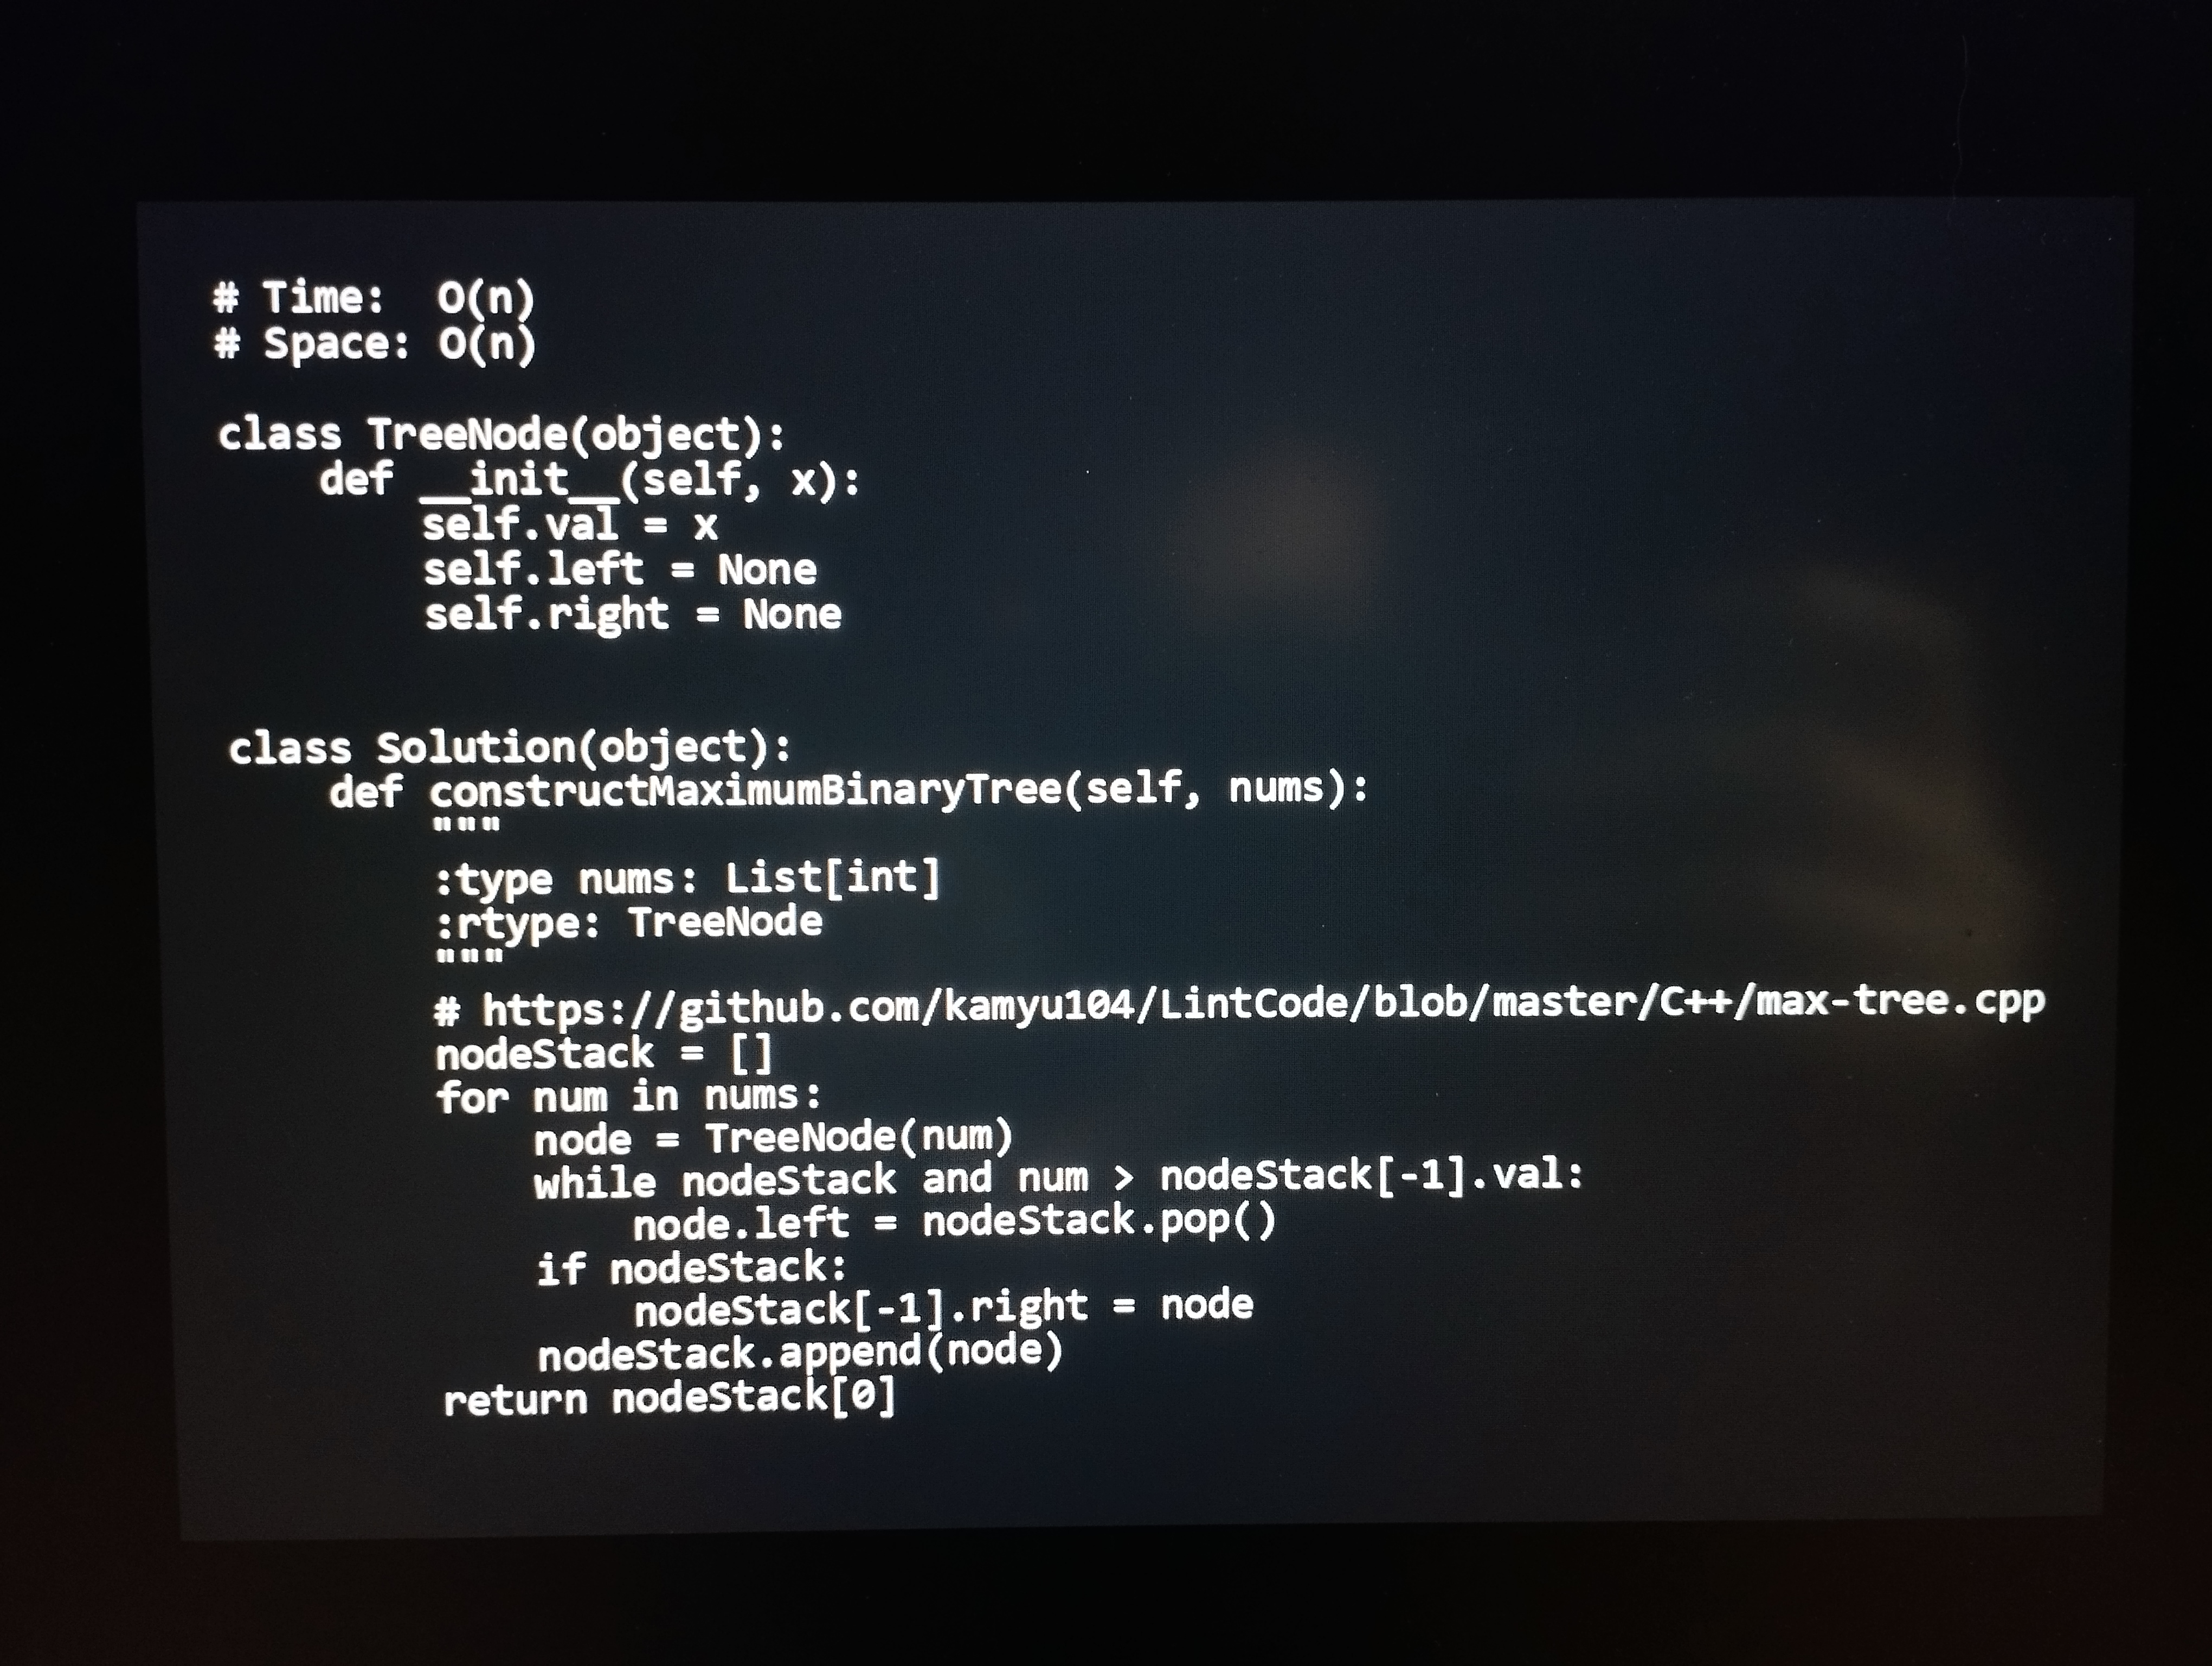
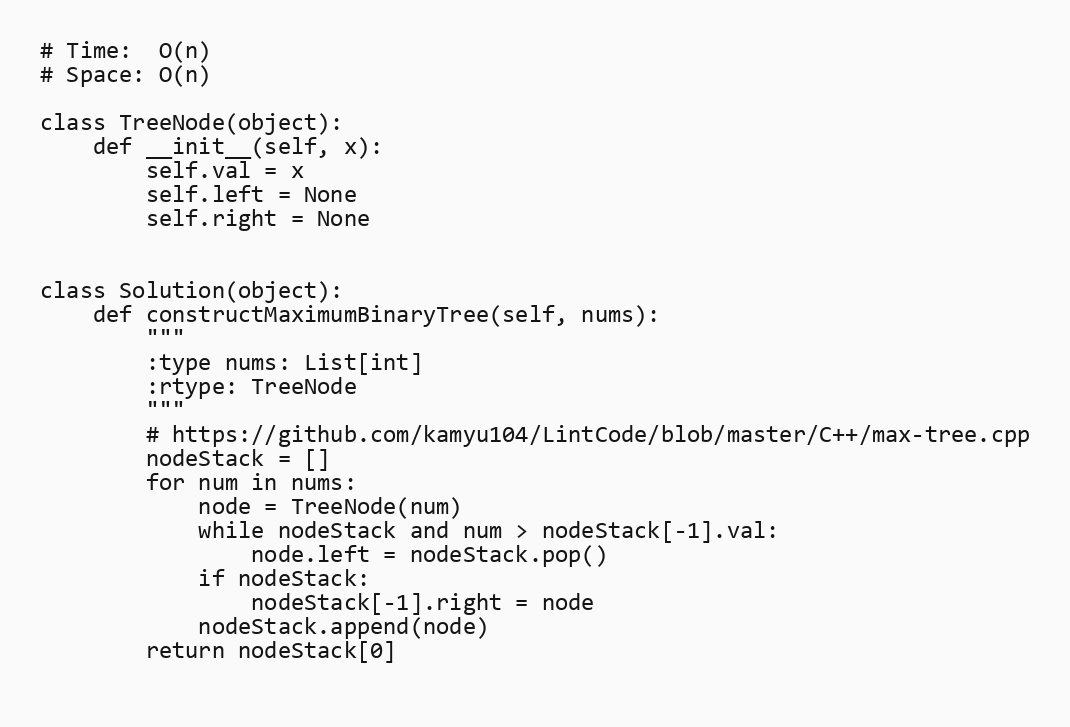
# Time:  O(n)
# Space: O(n)

class TreeNode(object):
    def __init__(self, x):
        self.val = x
        self.left = None
        self.right = None

class Solution(object):
    def constructMaximumBinaryTree(self, nums):
        """
        :type nums: List[int]
        :rtype: TreeNode
        """
        # https://github.com/kamyu104/LintCode/blob/master/C++/max-tree.cpp
        nodeStack = []
        for num in nums:
            node = TreeNode(num)
            while nodeStack and num > nodeStack[-1].val:
                node.left = nodeStack.pop()
            if nodeStack:
                nodeStack[-1].right = node
            nodeStack.append(node)
        return nodeStack[0]